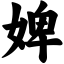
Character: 婢